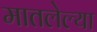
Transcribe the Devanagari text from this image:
मातलेल्या